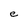
Character: e